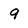
Character: 9